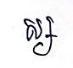
ស្ស